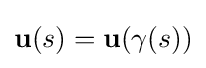
\mathbf {u} (s)=\mathbf {u} (\gamma (s))